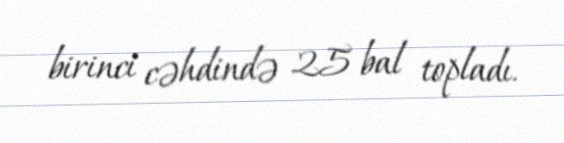
birinci cəhdində 25 bal topladı.